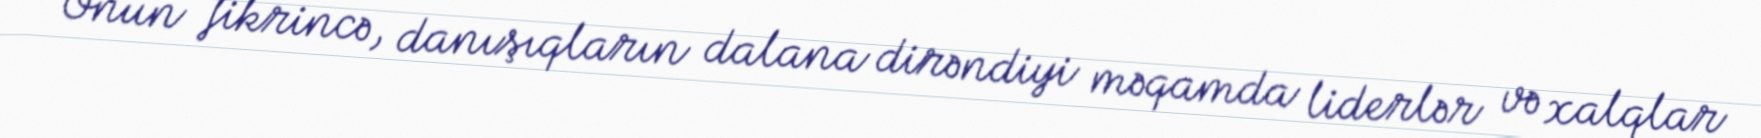
Onun fikrincə, danışıqların dalana dirəndiyi məqamda liderlər və xalqlar